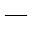
-